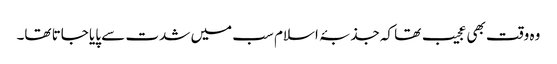
وہ وقت بھی عجیب تھا کہ جذبۂ اسلام سب میں شدت سے پایا جاتا تھا۔